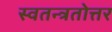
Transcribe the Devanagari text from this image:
स्वतन्त्रतोत्तर